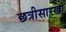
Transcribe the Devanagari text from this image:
छत्रीसारखा